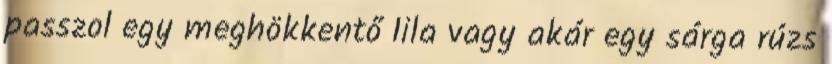
passzol egy meghökkentő lila vagy akár egy sárga rúzs